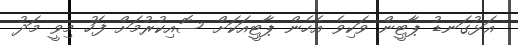
އަޅުގަނޑު ޕާޓީން ވަކިވެ އެހެން ޕާޓީއަކަށް ސޮއިކުރުމަށް ފަހު މިވީ މަދު